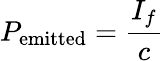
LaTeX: P_{\mathrm{emitted}}={\frac{I_{f}}{c}}